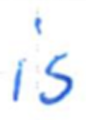
Text: is
Cross-out: clean
Writing tool: ballpoint